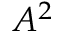
A ^ { 2 }